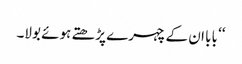
‘‘ بابا ان کے چہرے پڑھتے ہوئے بولا۔